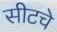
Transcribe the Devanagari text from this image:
सीटचे